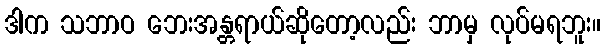
ဒါက သဘာဝ ဘေးအန္တရာယ်ဆိုတော့လည်း ဘာမှ လုပ်မရဘူး။